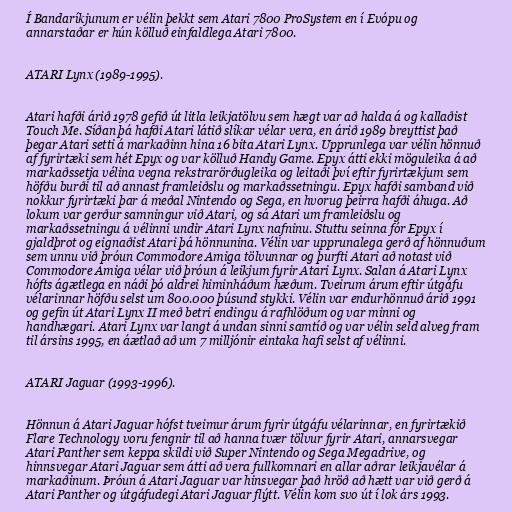
Í Bandaríkjunum er vélin þekkt sem Atari 7800 ProSystem en í Evópu og
annarstaðar er hún kölluð einfaldlega Atari 7800.

ATARI Lynx (1989-1995).

Atari hafði árið 1978 gefið út litla leikjatölvu sem hægt var að halda á og kallaðist
Touch Me. Síðan þá hafði Atari látið slíkar vélar vera, en árið 1989 breyttist það
þegar Atari setti á markaðinn hina 16 bita Atari Lynx. Upprunlega var vélin hönnuð
af fyrirtæki sem hét Epyx og var kölluð Handy Game. Epyx átti ekki möguleika á að
markaðssetja vélina vegna rekstrarörðugleika og leitaði því eftir fyrirtækjum sem
höfðu burði til að annast framleiðslu og markaðssetningu. Epyx hafði samband við
nokkur fyrirtæki þar á meðal Nintendo og Sega, en hvorug þeirra hafði áhuga. Að
lokum var gerður samningur við Atari, og sá Atari um framleiðslu og
markaðssetningu á vélinni undir Atari Lynx nafninu. Stuttu seinna fór Epyx í
gjaldþrot og eignaðist Atari þá hönnunina. Vélin var upprunalega gerð af hönnuðum
sem unnu við þróun Commodore Amiga tölvunnar og þurfti Atari að notast við
Commodore Amiga vélar við þróun á leikjum fyrir Atari Lynx. Salan á Atari Lynx
hófts ágætlega en náði þó aldrei himinháðum hæðum. Tveirum árum eftir útgáfu
vélarinnar höfðu selst um 800.000 þúsund stykki. Vélin var endurhönnuð árið 1991
og gefin út Atari Lynx II með betri endingu á rafhlöðum og var minni og
handhægari. Atari Lynx var langt á undan sinni samtíð og var vélin seld alveg fram
til ársins 1995, en áætlað að um 7 milljónir eintaka hafi selst af vélinni.

ATARI Jaguar (1993-1996).

Hönnun á Atari Jaguar hófst tveimur árum fyrir útgáfu vélarinnar, en fyrirtækið
Flare Technology voru fengnir til að hanna tvær tölvur fyrir Atari, annarsvegar
Atari Panther sem keppa skildi við Super Nintendo og Sega Megadrive, og
hinnsvegar Atari Jaguar sem átti að vera fullkomnari en allar aðrar leikjavélar á
markaðinum. Þróun á Atari Jaguar var hinsvegar það hröð að hætt var við gerð á
Atari Panther og útgáfudegi Atari Jaguar flýtt. Vélin kom svo út í lok árs 1993.